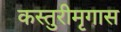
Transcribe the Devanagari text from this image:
कस्तुरीमृगास